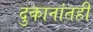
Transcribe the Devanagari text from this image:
दुकानांतही